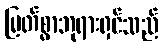
မြတ်စွာဘုရားရှင်သည်